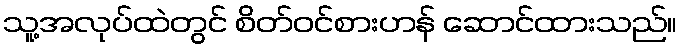
သူ့အလုပ်ထဲတွင် စိတ်ဝင်စားဟန် ဆောင်ထားသည်။